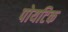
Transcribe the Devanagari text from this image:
पोयटिक